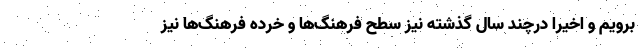
برویم و اخیرا درچند سال گذشته نیز سطح فرهنگ‌ها و خرده فرهنگ‌ها نیز